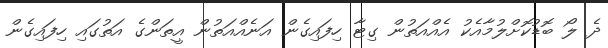
ދެ ލޯ ބޮޑުކޮށްލުމާއެކު އެއްއަތުން ގިޓާ ހިފައިގެން އަނެއްއަތުން އީތަންގެ އަތުގައި ހިފައިގެން